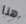
هنا